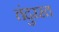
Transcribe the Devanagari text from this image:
तंदुरस्त